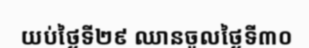
យប់ថ្ងៃទី២៩ ឈានចូលថ្ងៃទី៣០